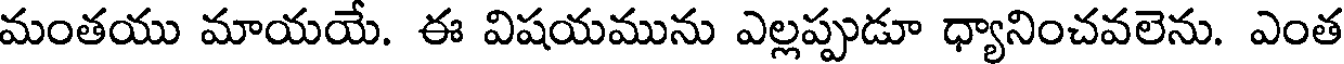
మంతయు మాయయే. ఈ విషయమును ఎల్లప్పుడూ ధ్యానించవలెను. ఎంత